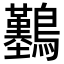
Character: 𪇼